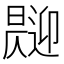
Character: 𱢧